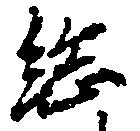
総